EAOK_Sinod, lk 44
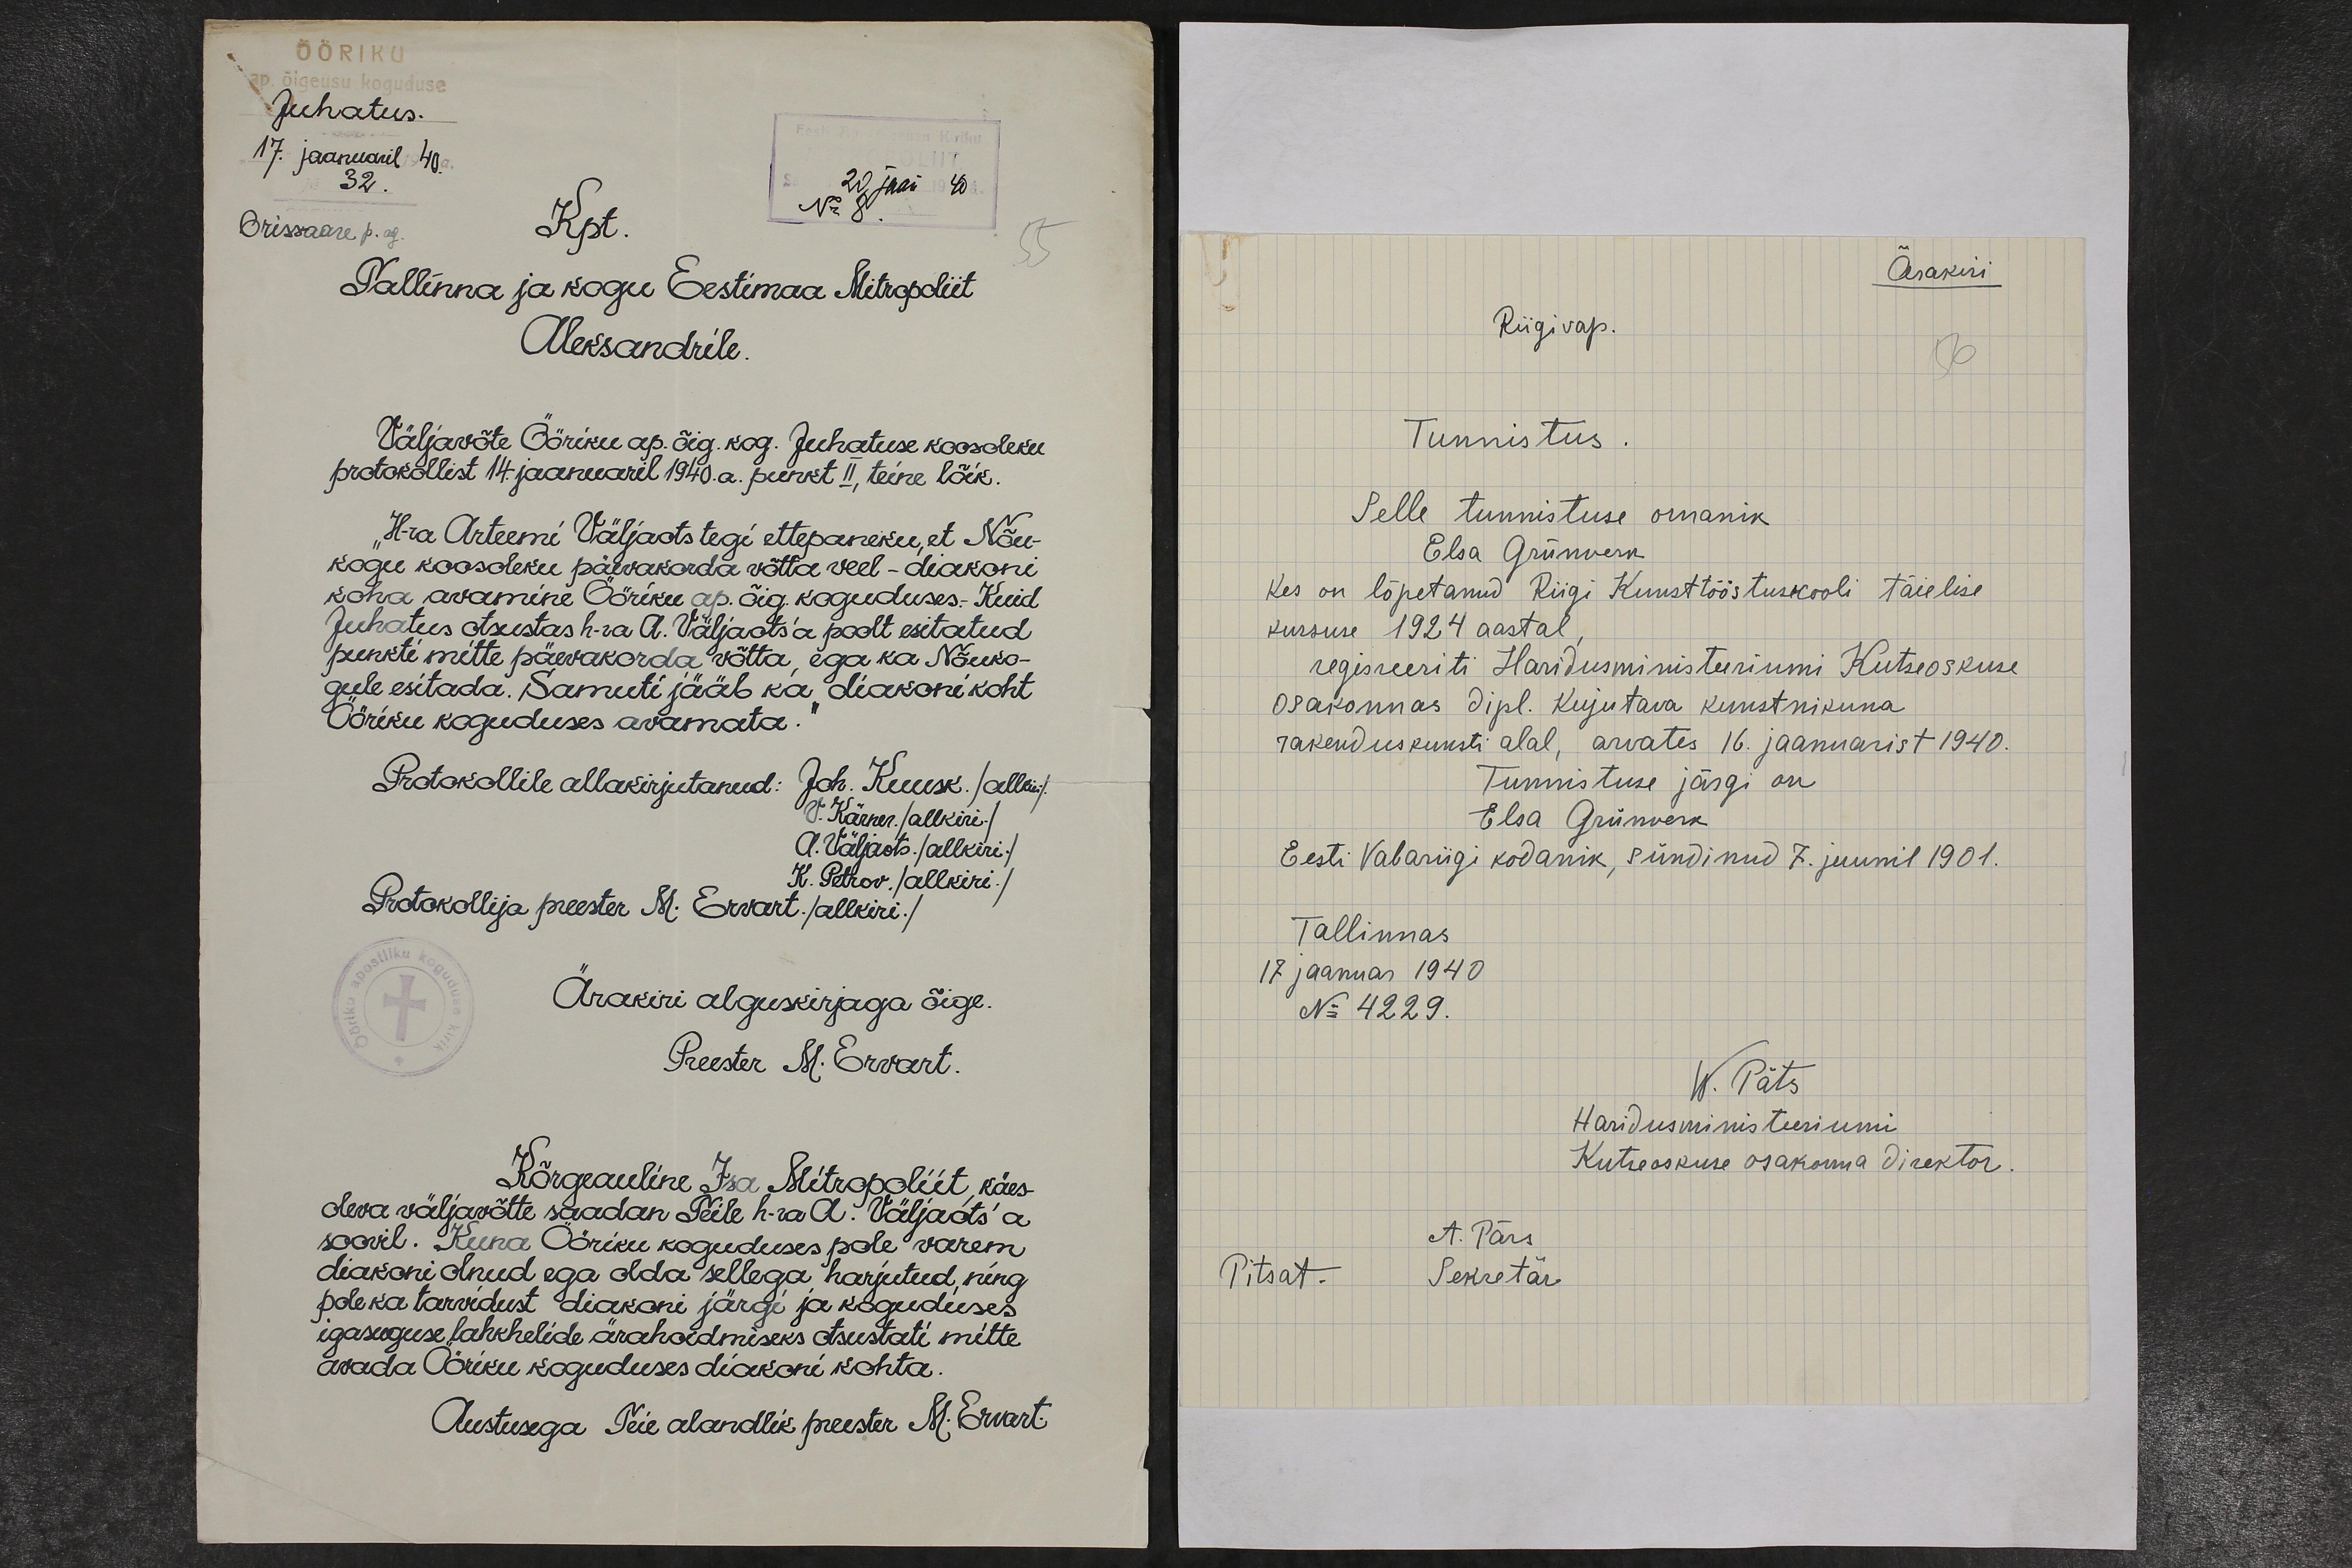
ÖÖRIKU
Juhatus.
17. jaanuaril 1940. a
32.
20. jaan 1940 a.
Orissaare p. ag.
Kpt.
No 8.
Tallinna ja kogu Eestimaa Mitropoliit
Aleksandrile.
Väljavõte Ööriku ap. õig. kog. Juhatuse koosoleku
protokollist 14. jaanuaril 1940. a. punkt II, teine lõik.
"H-ra Arteemi Väljaots tegi ettepaneku, et Nõu-
kogu koosoleku päevakorda võtta veel – diakoni-
koha avamine Ööriku ap. õig. koguduses. Kuid
Juhatus otsustas h-ra A. Väljaots'a poolt esitatud
punkti mitte päevakorda võtta, ega ka Nõuko-
gule esitada. Samuti jääb ka diakoni koht
Ööriku koguduses avamata."
Protokollile allakirjutanud: Joh. Kuusk. /allkiri/.
V. Kärner. /allkiri./
A. Väljaots. /allkiri./
Protokollija preester M. Ervart. /allkiri./
K. Petrov. allkiri./
Ärakiri alguskirjaga õige.
Preester M. Ervart.
Kõrgeauline Isa Mitropoliit, käes-
oleva väljavõtte saadan Teile h-ra A. Väljaots'a.
soovil. Kuna Ööriku koguduses pole varem
diakoni olnud ega olda sellega harjutud, ning
pole ka tarvidust diakoni järgi ja koguduses
igasuguse lakhelide ärahoidmiseks otsustati mitte
avada Ööriku koguduses diakoni kohta.
Austusega Teie alandlik preester M. Ervart

Ärakiri
Riigivap.
Tunnistus.
Selle tunnistuse omanik
Elsa Grünverk
Kes on lõpetanud Riigi Kunsttööstusekooli täielise
kursuse 1924 aastal,
regisreeriti Haridusministeeriumi Kutseoskuse
osakonnas dipl. kujutava kunstnikuna
rakenduskunsti alal, arvates 16. jaanuarist 1940.
Tunnistuse järgi on
Elsa Grünverk.
Eesti Vabariigi kodanik, sündinud 7. juunil 1901.
Tallinnas
17 jaanuar 1940
No 4229.
W. Päts
Haridusministeeriumi
Kutseoskuse osakonna direktor
A. Pärs
Pitsat.
Sekretär.